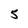
Character: 5